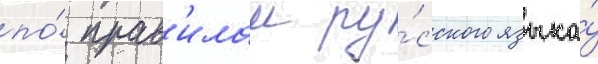
по́ прав'илам ру́сского языка́